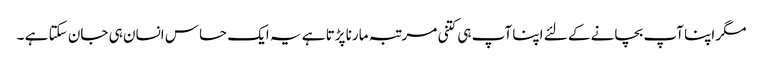
مگر اپنا آپ بچانے کے لئے اپنا آپ ہی کتنی مرتبہ مارنا پڑتا ہے یہ ایک حساس انسان ہی جان سکتا ہے ۔